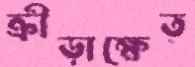
ক্রীড়াক্ষেত্